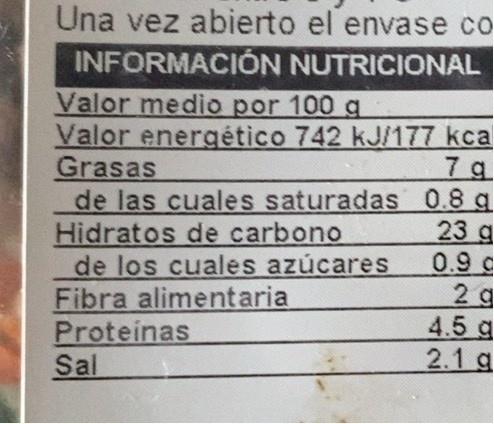
Una vez abierto el envase co
INFORMACIÓN NUTRICIONAL
Valor medio por 100 g Valor energético 742 kJ/177 kca Grasas de las cuales saturadas 0.8 q Hidratos de carbono de los cuales azúcares Fibra alimentaria Proteinas Sal
7 g
23 g 0.9c 2 g 4.5 g 2.1 g